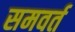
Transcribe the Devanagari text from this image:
समवर्त